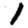
Digit: 1